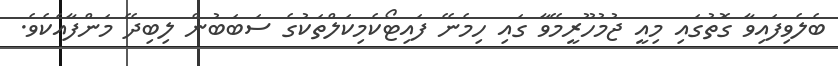
ބެލެވިފައިވާ ގޮތުގައި މިއީ ޖުމުހޫރީމޭވާ ގައި ހިމެނޭ ފައިޓޯކެމިކަލްތަކުގެ ސަބަބުން ލިބިދޭ މަންފާއެކެވެ.